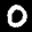
Label: 0